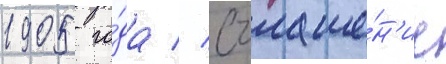
1905 го́да // Оглаше́н'ие